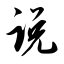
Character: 说